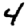
Digit: 4